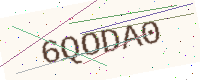
Text: 6QODA0